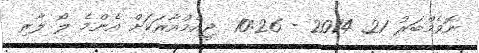
ނޮވެމްބަރު 21